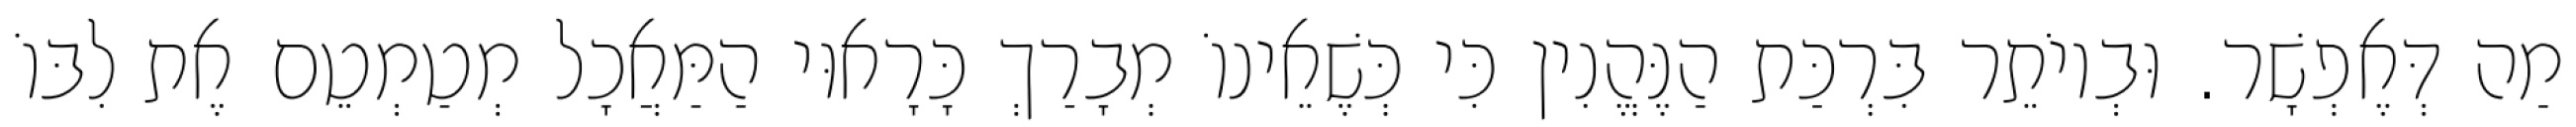
מַה דְּאֶפְשָׁר. וּבְיוֹתֵר בִּרְכַּת הַנֶּהֱנִין כִּי כְּשֶׁאֵינוֹ מְבָרַךְ כָּרָאוּי הַמַּאֲכָל מְטַמְטֵם אֶת לִבּוֹ